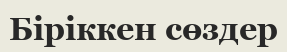
Біріккен сөздер